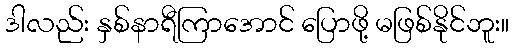
ဒါလည်း နှစ်နာရီကြာအောင် ပြောဖို့ မဖြစ်နိုင်ဘူး။